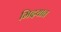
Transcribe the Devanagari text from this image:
मिदयात